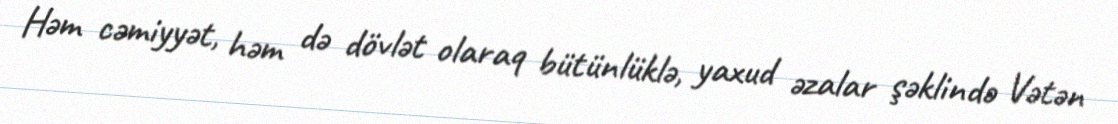
Həm cəmiyyət, həm də dövlət olaraq bütünlüklə, yaxud əzalar şəklində Vətən